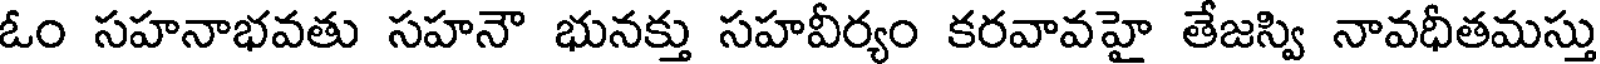
ఓం సహనాభవతు సహనౌ భునక్తు సహవీర్యం కరవావహై తేజస్వి నావధీతమస్తు